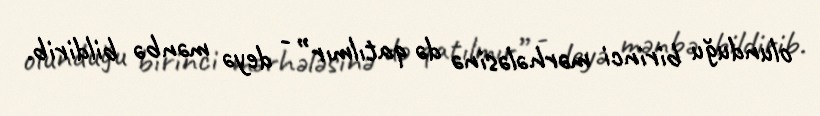
olunduğu birinci mərhələsinə də qatılmır” - deyə mənbə bildirib.